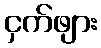
ငှက်ဖျား